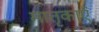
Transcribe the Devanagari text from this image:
मातृकाएं